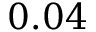
0 . 0 4